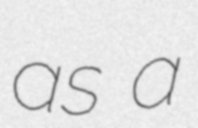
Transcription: as a